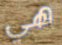
هي